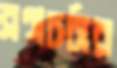
ব্লগচর্চার